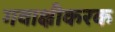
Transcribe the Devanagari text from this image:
गवाक्षीकरक